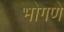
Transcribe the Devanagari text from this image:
भोगणे